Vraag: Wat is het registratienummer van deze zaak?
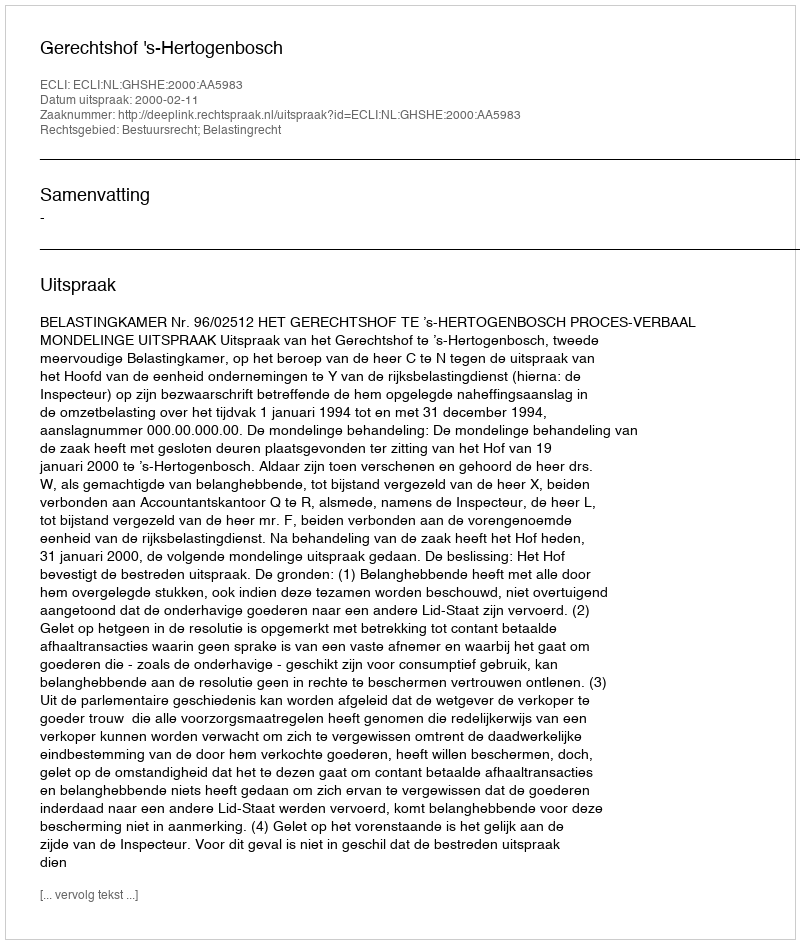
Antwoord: http://deeplink.rechtspraak.nl/uitspraak?id=ECLI:NL:GHSHE:2000:AA5983